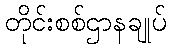
တိုင်းစစ်ဌာနချုပ်